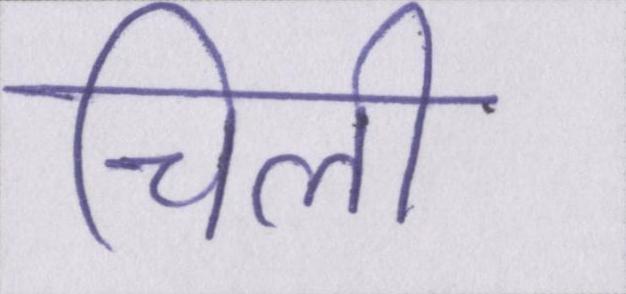
चिली